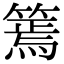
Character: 篶